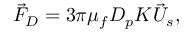
\vec { F } _ { D } = 3 \pi \mu _ { f } D _ { p } K \vec { U } _ { s } ,